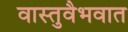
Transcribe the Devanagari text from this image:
वास्तुवैभवात